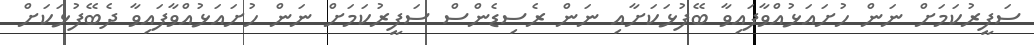
ސަފީރުކަމަށް ނަން ހުށައަޅުއްވާފައިވާ ބޭފުޅަކަށާއި ނަން ރެސިޑެންސް ސަފީރުކަމަށް ނަން ހުށައަޅުއްވާފައިވާ ދެބޭފުޅަކަށް